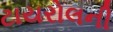
ટાયરોલની